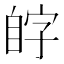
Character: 𫇊